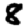
Digit: 8